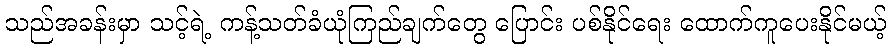
သည်အခန်းမှာ သင့်ရဲ့ ကန့်သတ်ခံယုံကြည်ချက်တွေ ပြောင်း ပစ်နိုင်ရေး ထောက်ကူပေးနိုင်မယ့်